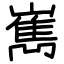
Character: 嶲